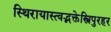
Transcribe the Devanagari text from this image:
स्थिरायास्त्वद्भक्तेस्त्रिपुरहर